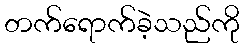
တက်ရောက်ခဲ့သည်ကို